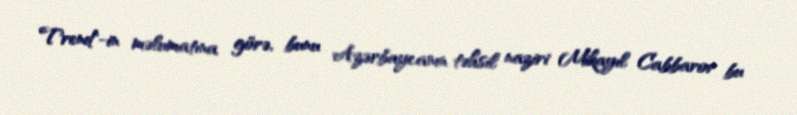
Trend"-in məlumatına görə, bunu Azərbaycanın təhsil naziri Mikayıl Cabbarov bu